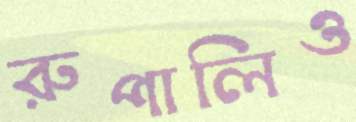
রুপালিও